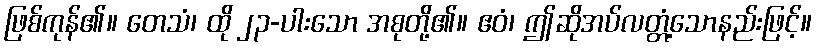
ဖြစ်ကုန်၏။ တေသံ၊ ထို ၂၃-ပါးသော အစုတို့၏။ ဧဝံ၊ ဤဆိုအပ်လတ္တံ့သောနည်းဖြင့်။